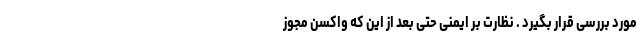
مورد بررسی قرار بگیرد . نظارت بر ایمنی حتی بعد از این که واکسن مجوز